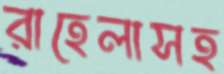
রাহেলাসহ